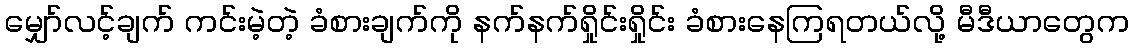
မျှော်လင့်ချက် ကင်းမဲ့တဲ့ ခံစားချက်ကို နက်နက်ရှိုင်းရှိုင်း ခံစားနေကြရတယ်လို့ မီဒီယာတွေက